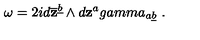
\omega = 2 i d \overline { { \bf z } } ^ { \underline { b } } \wedge d { \bf z } ^ { a } g a m m a _ { a \underline { b } } \ .